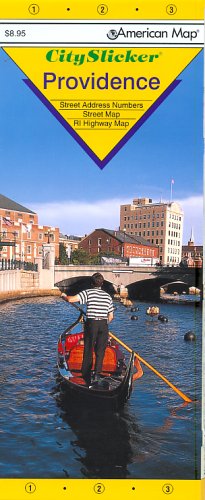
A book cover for American Map Providence City Slicker; American Map Corporation; Travel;